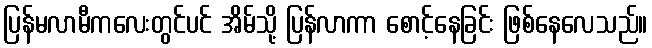
ပြန်မလာမီကလေးတွင်ပင် အိမ်သို့ ပြန်လာကာ စောင့်နေခြင်း ဖြစ်နေလေသည်။